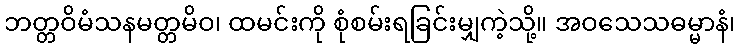
ဘတ္တဝိမံသနမတ္တမိဝ၊ ထမင်းကို စုံစမ်းရခြင်းမျှကဲ့သို့။ အဝသေသဓမ္မာနံ၊